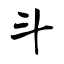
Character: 斗